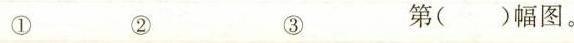
① ② ③ 第()幅图。